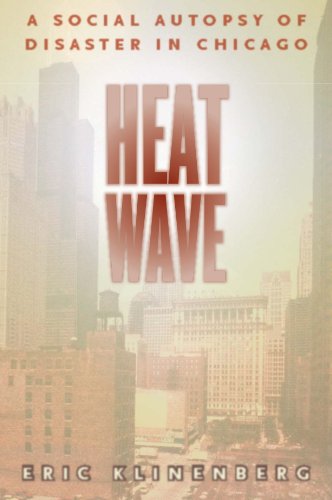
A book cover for Heat Wave: A Social Autopsy of Disaster in Chicago (Illinois); Eric Klinenberg; Biographies & Memoirs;